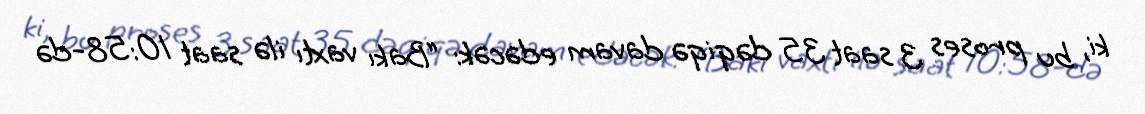
ki, bu proses 3 saat 35 dəqiqə davam edəcək: “Bakı vaxtı ilə saat 10:58-də